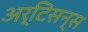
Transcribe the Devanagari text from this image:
अर्टिसन्स